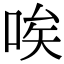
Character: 唉